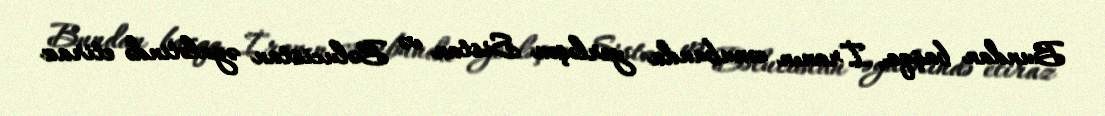
Bundan başqa, İranın cənubunda yerləşən Sistan və Bəlucistan əyalətində etiraz